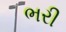
ભરી